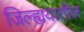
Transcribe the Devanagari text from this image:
जिल्ह्ययातील